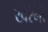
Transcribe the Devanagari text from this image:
खैरेनी